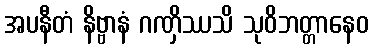
အပနီတံ နိဗ္ဗာနံ ဂဏှိဿသိ သုဝိဘတ္တာနေဝ